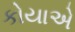
કોયાએ